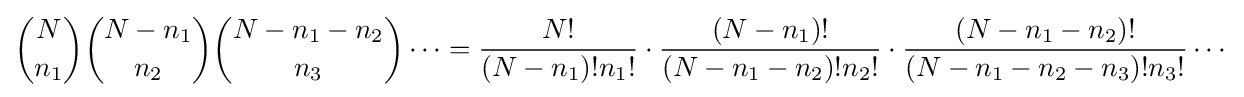
{N \choose n_{1}}{N-n_{1} \choose n_{2}}{N-n_{1}-n_{2} \choose n_{3}}\cdots ={\frac {N!}{(N-n_{1})!n_{1}!}}\cdot {\frac {(N-n_{1})!}{(N-n_{1}-n_{2})!n_{2}!}}\cdot {\frac {(N-n_{1}-n_{2})!}{(N-n_{1}-n_{2}-n_{3})!n_{3}!}}\cdots